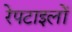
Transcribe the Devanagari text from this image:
रेपटाइलों